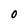
Character: 0